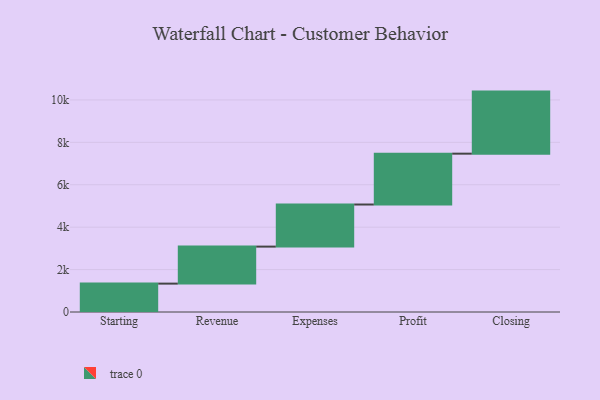
{"axis": {"x": "Step", "y": "Value"}, "legend": [""], "data": [{"x": "Starting", "y": 1338.0, "type": ""}, {"x": "Revenue", "y": 1745.0, "type": ""}, {"x": "Expenses", "y": 1985.0, "type": ""}, {"x": "Profit", "y": 2398.0, "type": ""}, {"x": "Closing", "y": 2926.0, "type": ""}]}